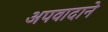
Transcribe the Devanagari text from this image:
अपवादाने